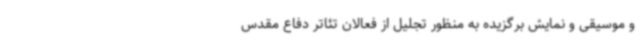
و موسیقی و نمایش برگزیده به منظور تجلیل از فعالان تئاتر دفاع مقدس